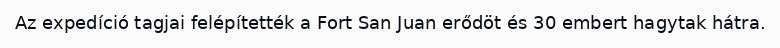
Az expedíció tagjai felépítették a Fort San Juan erődöt és 30 embert hagytak hátra.